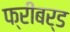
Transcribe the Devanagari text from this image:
फ्रीबर्ड